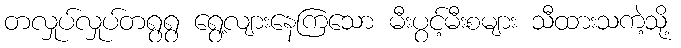
တလှုပ်လှုပ်တရွရွ ရွေ့လျားနေကြသော မီးပွင့်မီးစများ သီထားသကဲ့သို့